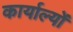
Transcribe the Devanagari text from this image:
कार्याल्यों